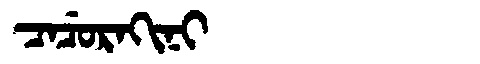
Manchu: ᠴᠠᠴᡠᡵᠠᡴᡳᠨᡳ
Romanization: CACURAKINI